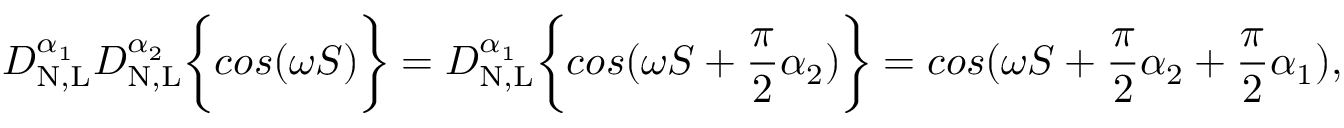
D _ { \mathrm { N , L } } ^ { \alpha _ { 1 } } D _ { \mathrm { N , L } } ^ { \alpha _ { 2 } } \bigg \{ { c o s ( \omega S ) \bigg \} } = D _ { \mathrm { N , L } } ^ { \alpha _ { 1 } } \bigg \{ { c o s ( \omega S + \frac { \pi } { 2 } \alpha _ { 2 } ) \bigg \} } = c o s ( \omega S + \frac { \pi } { 2 } \alpha _ { 2 } + \frac { \pi } { 2 } \alpha _ { 1 } ) ,